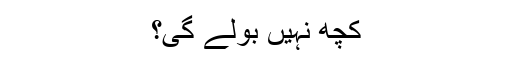
کچھ نہیں بولے گی؟